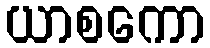
ယာစကော